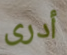
أدرى